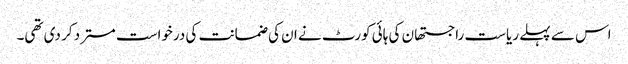
اس سے پہلے ریاست راجستھان کی ہائی کورٹ نے ان کی ضمانت کی درخواست مسترد کر دی تھی۔